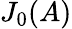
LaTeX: J_{0}(A)